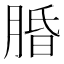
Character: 𬛆